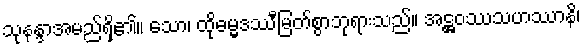
သုနန္ဒာအမည်ရှိ၏။ သော၊ ထိုဓမ္မဒဿီမြတ်စွာဘုရားသည်။ အဋ္ဌဝဿသဟဿာနိ၊